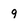
Character: 9